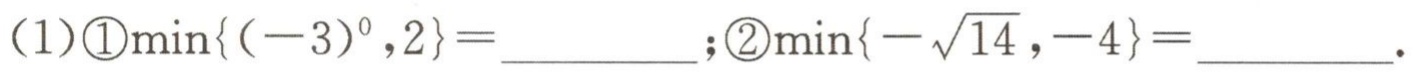
(1)\textcircled{1}$\min\{(-3)^{0},2\}=$__________; \textcircled{2}$\min\{-\sqrt{14},-4\}=$__________.